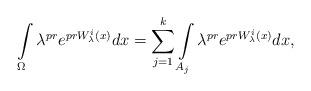
LaTeX: \begin{align*} \int\limits_\Omega \lambda^{pr} e^{prW^i_\lambda(x)} dx&=\sum\limits_{j=1}^k \int\limits_{A_j} \lambda^{pr} e^{prW^i_\lambda(x)} dx,\end{align*}